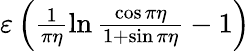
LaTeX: \begin{array}{r}{\varepsilon\left(\frac{1}{\pi\eta}\ln\frac{\cos\pi\eta}{1+\sin\pi\eta}-1\right)}\end{array}